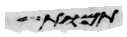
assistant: תמות